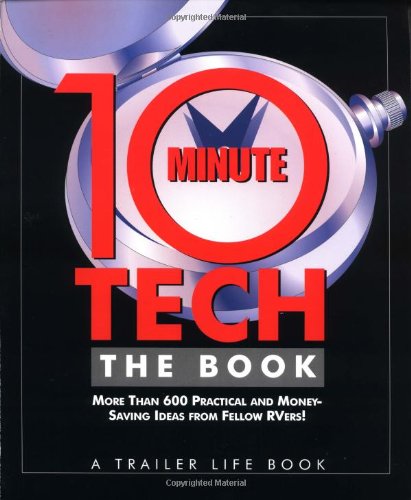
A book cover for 10-Minute Tech, The Book: More than 600 Practical and Money-Saving Ideas from Fellow RVers; Editors of Trailer Life; Travel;